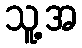
သူ့အ